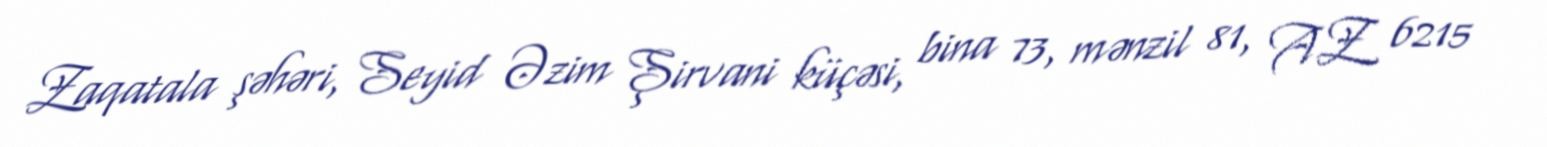
Zaqatala şəhəri, Seyid Əzim Şirvani küçəsi, bina 73, mənzil 81, AZ 6215